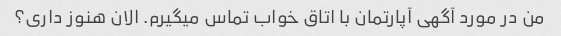
من در مورد آگهی آپارتمان با اتاق خواب تماس میگیرم. الان هنوز داری؟